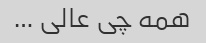
همه چی عالی …